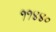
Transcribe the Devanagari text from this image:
११४४०